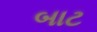
બાટ